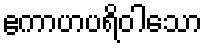
ဧကာဟပရိဝါသော